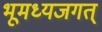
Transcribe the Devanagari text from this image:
भूमध्यजगत्‌